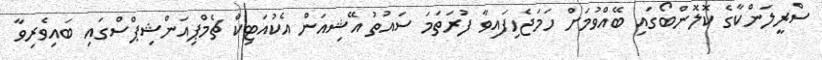
ސްރީލަންކާގެ ކޮލޮންބޯގައި ބޭއްވުމަށް ހަމަޖެހިފައިވާ ފުރަތަމަ ސައުތު އޭޝިއަން އެކުއަޓިކް ޗެމްޕިއަންޝިޕްސްގައި ބައިވެރިވާ